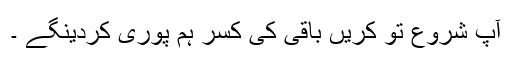
آپ شروع تو کريں باقی کی کسر ہم پوری کردینگے ۔